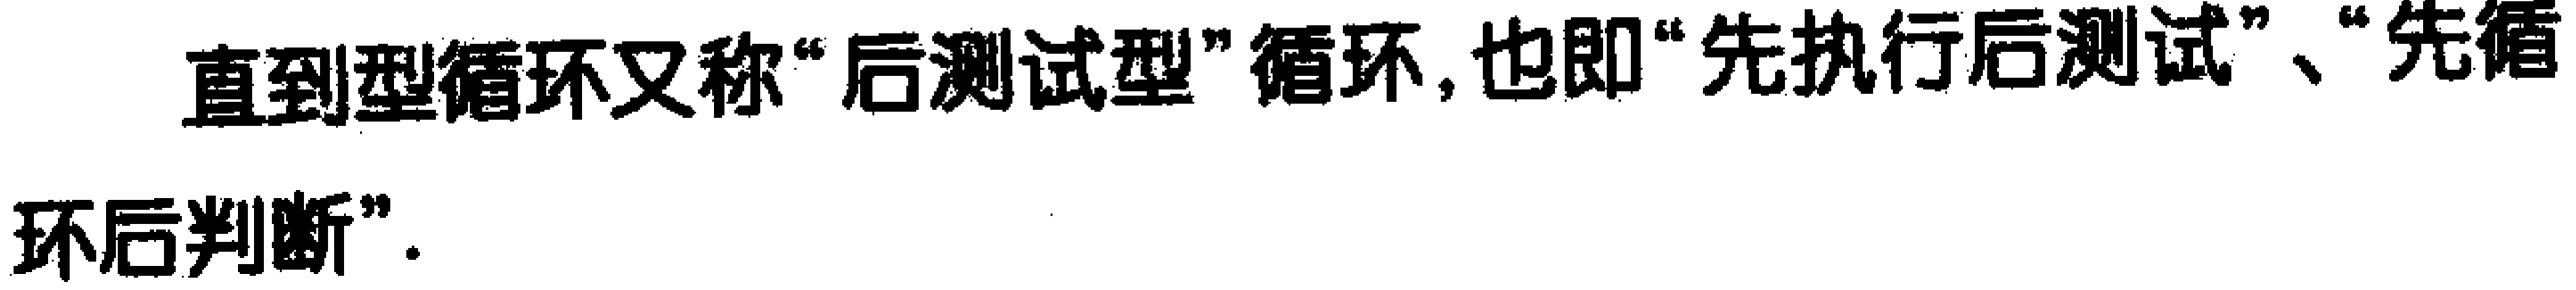
直到型循环又称“后测试型”循环, 也即“先执行后测试”、“先循环后判断”.